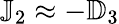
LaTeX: {\mathbb J}_{2}\approx-{\mathbb D}_{3}